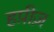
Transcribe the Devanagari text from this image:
हप़ीज़